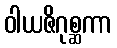
ဝါယဇိဂုစ္ဆကာ